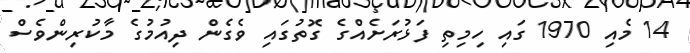
14 މެއި 1970 ގައި ހިމިތި ފަޅުރަށެއްގެ ގޮތުގައި ވެގެން ދިއުމުގެ މާކުރިންވެސް